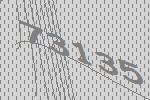
73135